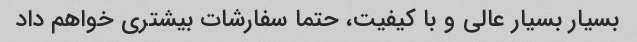
بسیار بسیار عالی و با کیفیت، حتما سفارشات بیشتری خواهم داد